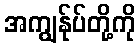
အကျွန်ုပ်တို့ကို